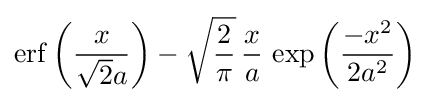
\operatorname {erf} \left({\frac {x}{{\sqrt {2}}a}}\right)-{\sqrt {\frac {2}{\pi }}}\,{\frac {x}{a}}\,\exp \left({\frac {-x^{2}}{2a^{2}}}\right)